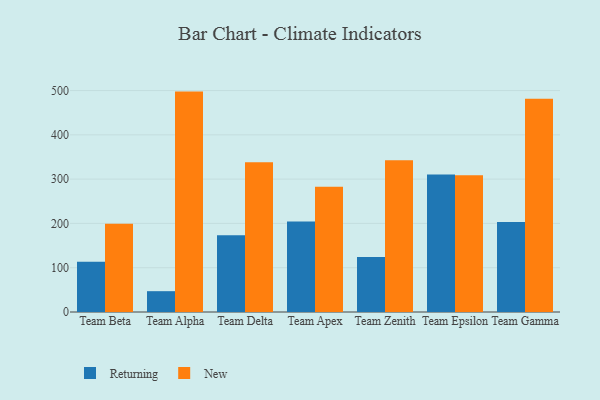
{"axis": {"x": "Team", "y": "Revenue (USD Million)"}, "legend": ["New", "Returning"], "data": [{"x": "Team Beta", "y": 113.4, "type": "Returning"}, {"x": "Team Beta", "y": 199.0, "type": "New"}, {"x": "Team Alpha", "y": 47.0, "type": "Returning"}, {"x": "Team Alpha", "y": 497.6, "type": "New"}, {"x": "Team Delta", "y": 173.2, "type": "Returning"}, {"x": "Team Delta", "y": 338.1, "type": "New"}, {"x": "Team Apex", "y": 204.3, "type": "Returning"}, {"x": "Team Apex", "y": 282.9, "type": "New"}, {"x": "Team Zenith", "y": 124.1, "type": "Returning"}, {"x": "Team Zenith", "y": 342.6, "type": "New"}, {"x": "Team Epsilon", "y": 310.3, "type": "Returning"}, {"x": "Team Epsilon", "y": 309.0, "type": "New"}, {"x": "Team Gamma", "y": 203.3, "type": "Returning"}, {"x": "Team Gamma", "y": 481.6, "type": "New"}]}